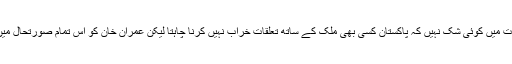
لیکن سیاسی تجزیہ نگاروں کا کہنا ہے کہ اس بات میں کوئی شک نہیں کہ پاکستان کسی بھی ملک کے ساتھ تعلقات خراب نہیں کرنا چاہتا لیکن عمران خان کو اس تمام صورتحال میں کسی ایک ملک کی طرف داری کرنا پڑے گی۔